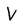
Character: V